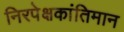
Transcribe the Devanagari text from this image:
निरपेक्षकांतिमान